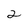
Character: 2